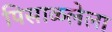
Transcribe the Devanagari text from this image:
पिसाळलेला